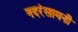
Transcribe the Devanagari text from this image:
नदरंसामनी